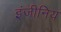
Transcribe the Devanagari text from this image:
इंजीनिय